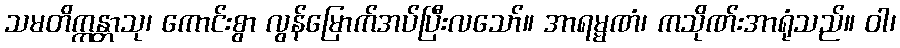
သမတိက္ကန္တာသု၊ ကောင်းစွာ လွန်မြောက်အပ်ပြီးလသော်။ အာရမ္မဏံ၊ ကသိုဏ်းအာရုံသည်။ ဝါ၊